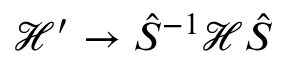
\mathcal { H ^ { \prime } } \to \hat { S } ^ { - 1 } \mathcal { H } \hat { S }